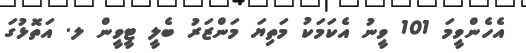
އެހެންވީމަ 101 ވީނު އެކަމަކު މަތިޔަ މަންޒަރު ބެލީ ޓީވީން ލ. އަތޮޅުގަ